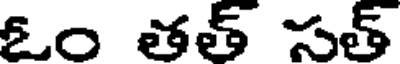
ఓం తత్ సత్